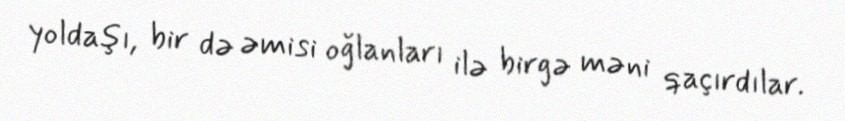
yoldaşı, bir də əmisi oğlanları ilə birgə məni qaçırdılar.